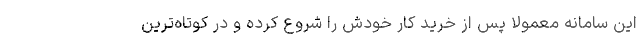
این سامانه معمولاً پس از خرید کار خودش را شروع کرده و در کوتاه‌ترین